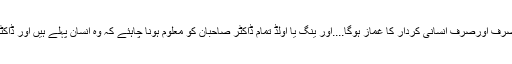
یہ امتیاز صرف اورصرف انسانی کردار کا غماز ہوگا....اور ینگ یا اولڈ تمام ڈاکٹر صاحبان کو معلوم ہونا چاہئے کہ وہ انسان پہلے ہیں اور ڈاکٹر بعد میں!